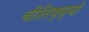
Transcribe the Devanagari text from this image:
वीतिष्व्यो